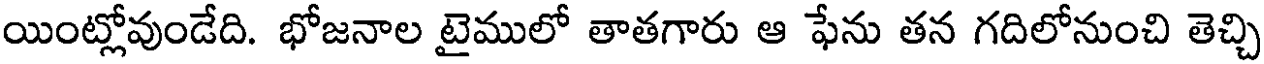
యింట్లోవుండేది. భోజనాల టైములో తాతగారు ఆ ఫేను తన గదిలోనుంచి తెచ్చి